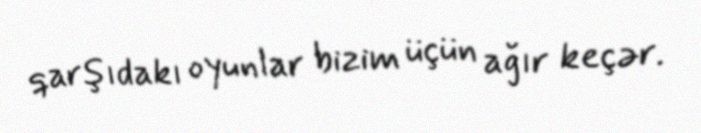
qarşıdakı oyunlar bizim üçün ağır keçər.